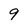
Character: 9